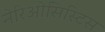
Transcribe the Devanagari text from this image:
नेरिओसिस्टिस